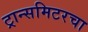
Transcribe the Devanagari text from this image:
ट्रान्समिटरचा